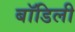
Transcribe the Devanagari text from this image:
बॉडिली